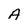
Character: A